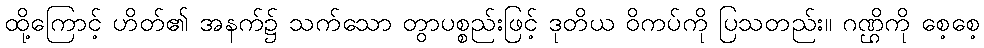
ထို့ကြောင့် ဟိတ်၏ အနက်၌ သက်သော တွာပစ္စည်းဖြင့် ဒုတိယ ဝိကပ်ကို ပြသတည်း။ ဂဏ္ဌိကို စေ့စေ့